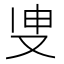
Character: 𭆪